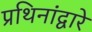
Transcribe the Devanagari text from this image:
प्रथिनांद्वारे